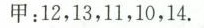
甲：12，13，11，10，14.